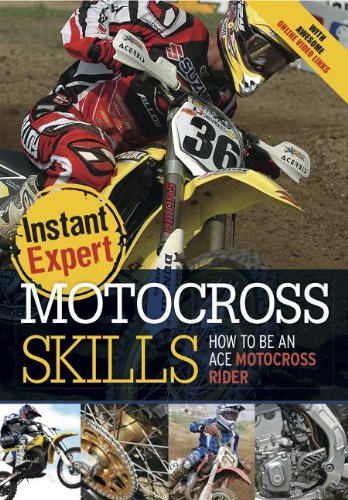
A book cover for Motocross: How to Be an Awesome Motocross Rider (Instant Expert); Gary Freeman; Sports & Outdoors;